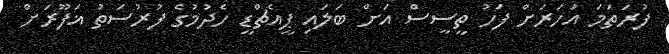
ފުރަތަމަ އަހަރަށް ފަހު ތީސީސް އަށް ބަލައި ޕީއެޗްޑީ ހެދުމުގެ ފުރުސަތު ޣަފޫރަށް